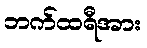
ဘက်ထရီအား